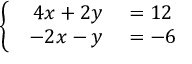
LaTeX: \left\{ \begin{array} { l l } { { \begin{array} { r l } { 4 x + 2 y } & { { } = 1 2 } \\ { - 2 x - y } & { { } = - 6 } \end{array} } } \end{array} \right.